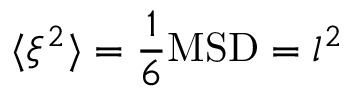
\langle \xi ^ { 2 } \rangle = \frac { 1 } { 6 } \mathrm { M S D } = l ^ { 2 }